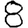
Digit: 8